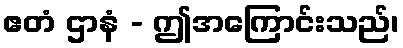
ဧတံ ဌာနံ - ဤအကြောင်းသည်၊